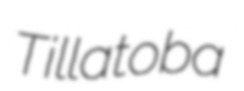
Tillatoba